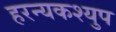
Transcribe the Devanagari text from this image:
हरन्यकश्युप